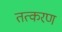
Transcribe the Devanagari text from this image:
तत्करण